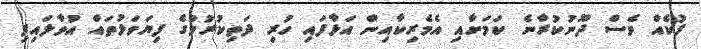
ފުކެއް ވެސް ދޫނުކުރާނެ ކަމަށާއި އެމެރިކާއިން އަޅާފައި ހުރި ދަތިކުރުމުގެ ފިޔަވަޅުތައް އުވާލައިފި